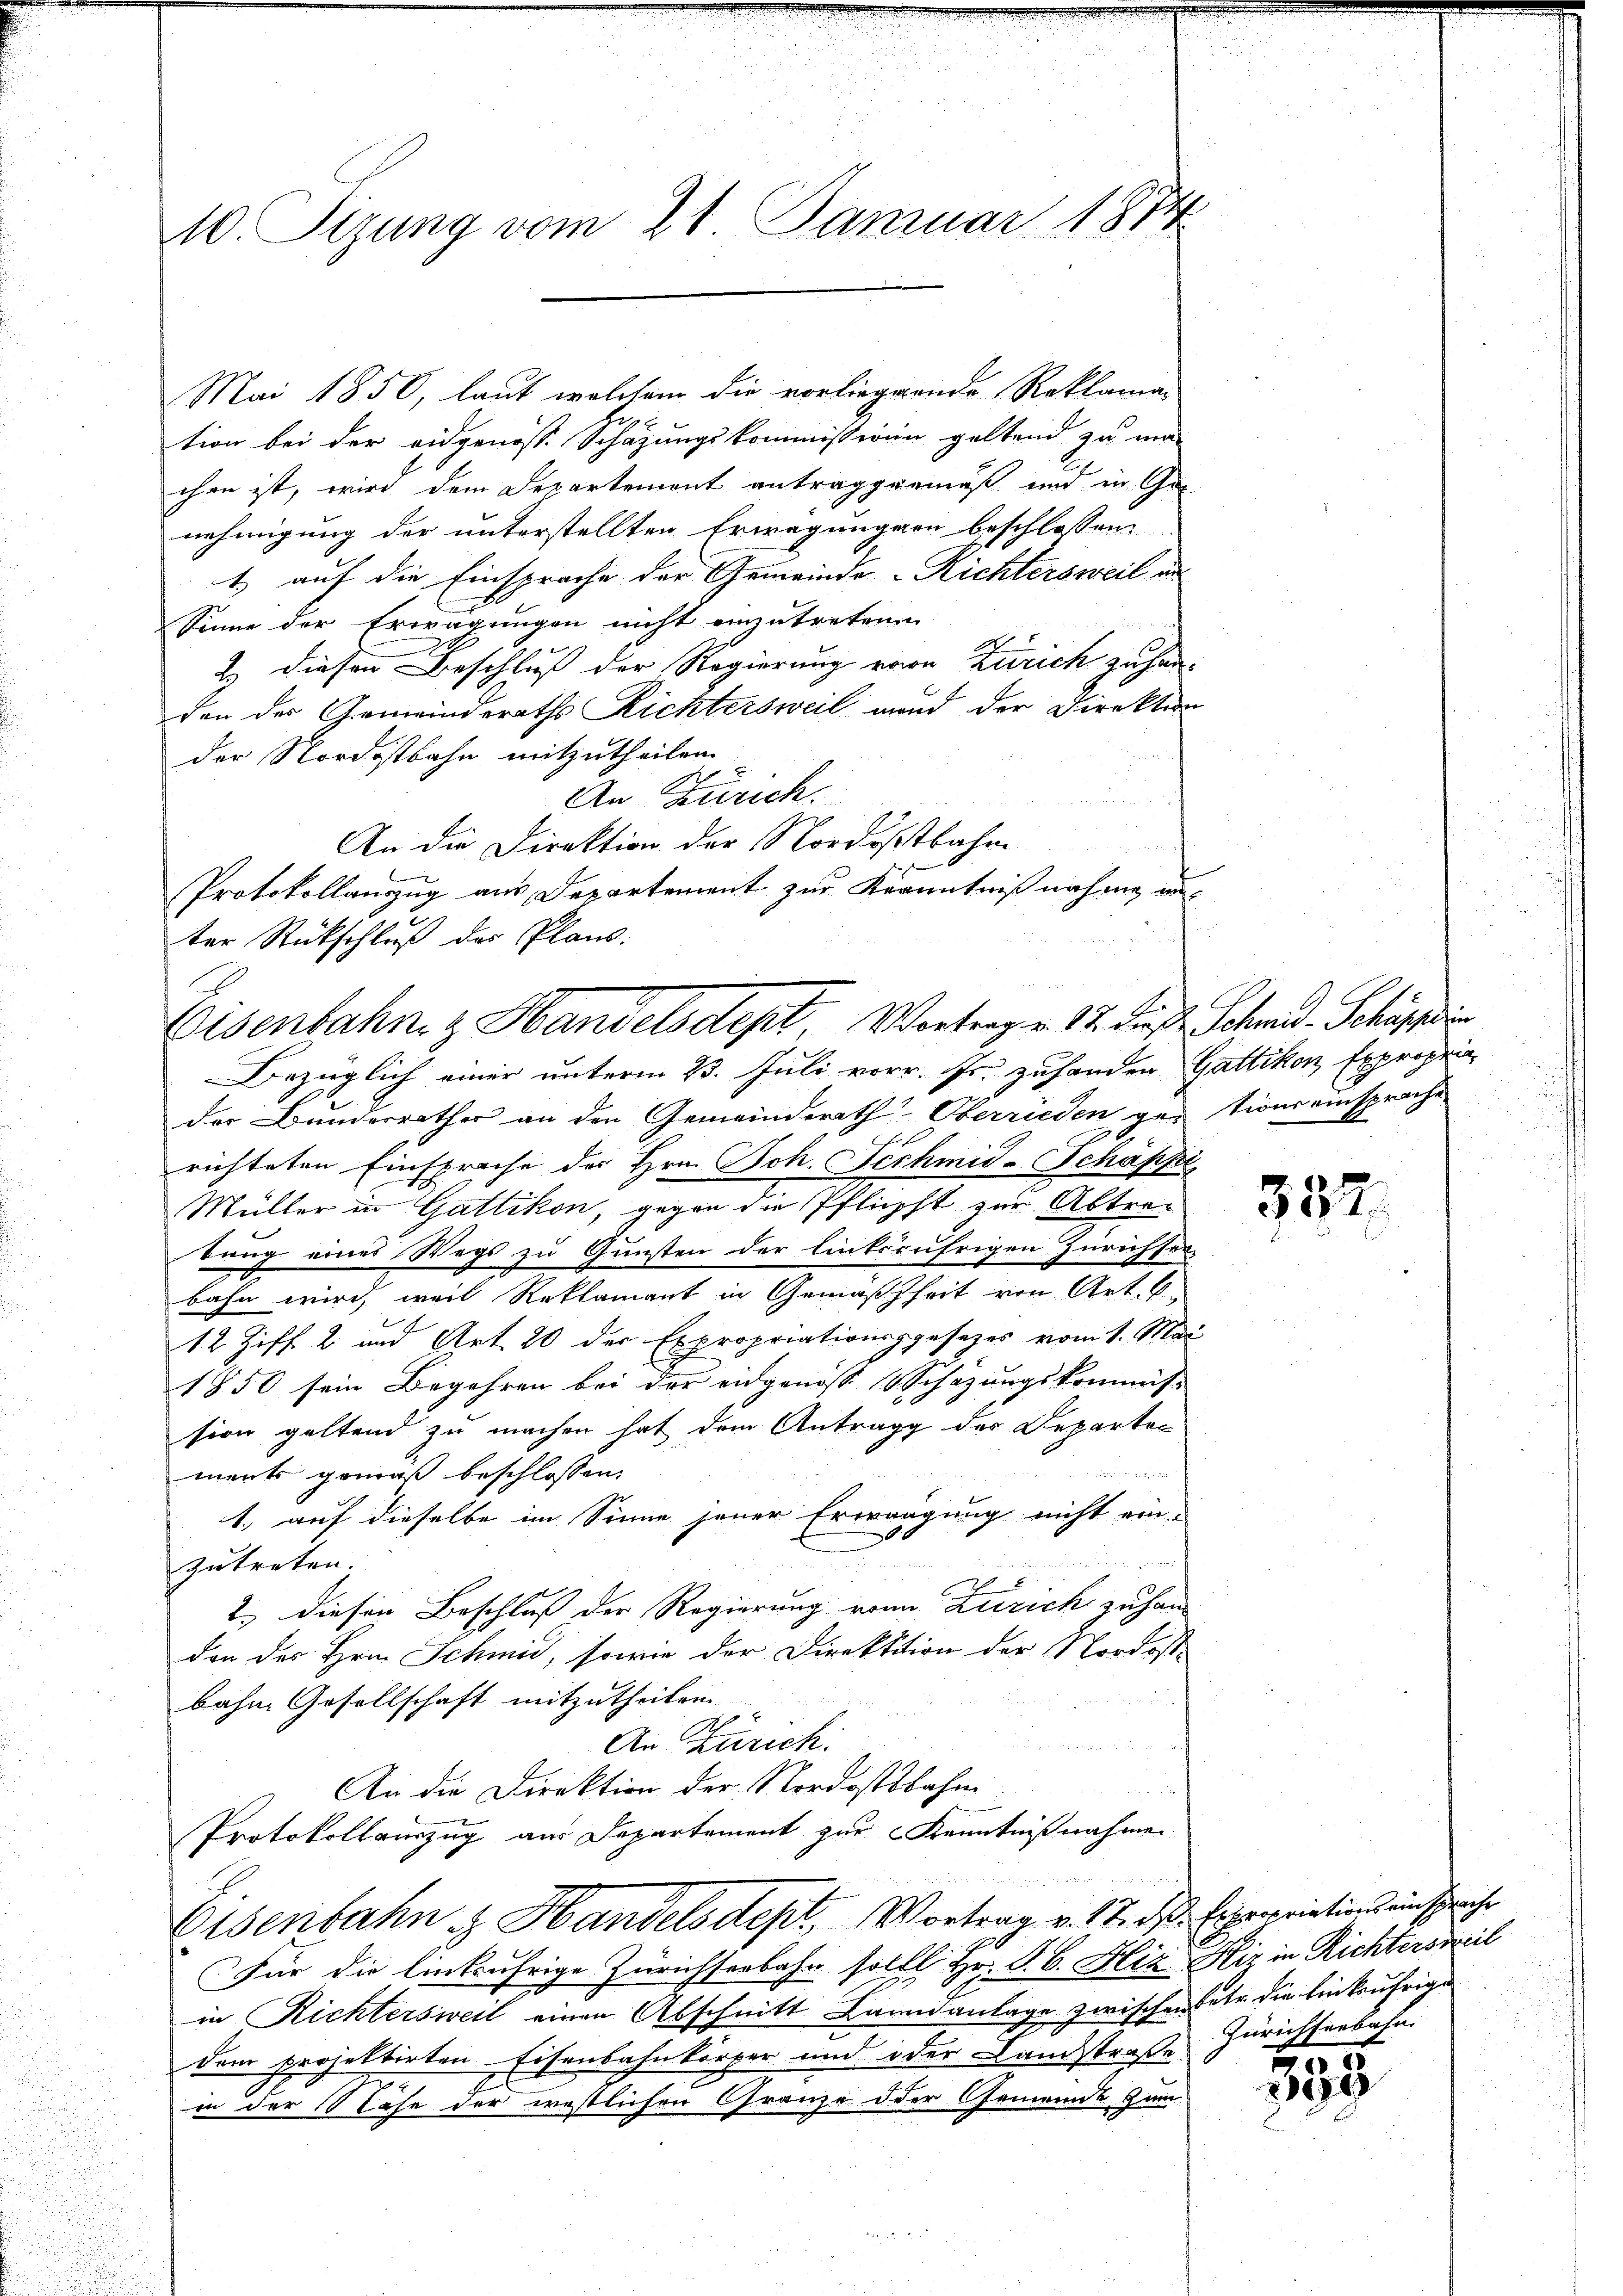
10. Sizung vom 21. Januar 1874

Mai 1850, laut welchem die vorliegende Reklaman
tion bei der eidgenoss. Schazungskommissionen geltend zu ver-
chen ist, wird dem Departemont antraggenmäß und in Ge
nehmigung der unterstellten Erwägungen beschlossen:
1.) auf die Einsprache der Gemeinde Richtersweil an
Sinne der Erwägungen nicht einzutretenen
2. diesen Beschluß der Regierung von Zürich zu han-
den der Gemeinderaths Richtersweil und der Direktion
der Nordostbahn mitzutheilen.
3
An Zürich.
u
An die Direktion der Nordostbahne
.
Protokollanzug aus Departement zur Kenntnißnahme aus
ter Rückschluß der Plan.
Bezüglich einer unterm 23. Juli vorr. Pr. zuhanden Gattikon Expropria
der Bundesrather an den Gemeinderath Oberrieden gestions einsprache
x
richteten Einsprache der Hrn. Joh. Jechmid-Schäppi
Müller in Gattikon, gegen die Pflichst zur Abtrabung eines Wegs zu Gunsten der linksjährigen Zürichsen
bahn wird weil Reklamant in Gemäßheit von Art. 6.
12 Ziff. 2 und Art. 20 der Expropriationsgesezes vom 1. Mai
1850 sein Begehren bei der eidgenoss Schazungskommiss
sion geltend zu machen hat dem Antrag der Departen
 d 21. Seiter
ment gemäß beschlossen:
1. auf dieselbe im Sinne jener Erwägung nicht ein-
zutreten.
2) diesen Beschluß der Regierung von Zerrich zu han
den des Hrn. Schmid, sowie der Direktition der Nordost
bahne Gesellschaft mitzutheilen
2
An Zürich.
u
An die Direktion der Nordostbahn
Protokollauszug aus Departement zur Kenntnißnahmen
Eisenbahn & Handelsdept, Vortrag v. 17. ds Expropriations ausspriche
Für die linkufrige Zürichserbahn sollt Hr. P. C. Hiz Hiz in Richtersweil
in Richtersweil einen Abschnitt Lanndanlage zwischen betr. die linkufrige
dem projektirten Eisenbahnkörper und oder Landstraße Zürichserbahn-
in der Nase der westlichen Gränze der Gemeinde, zum

Eisenbahn z. Handelsdept, Vortrage. 12. die Schmid-Schäppin

382.

359